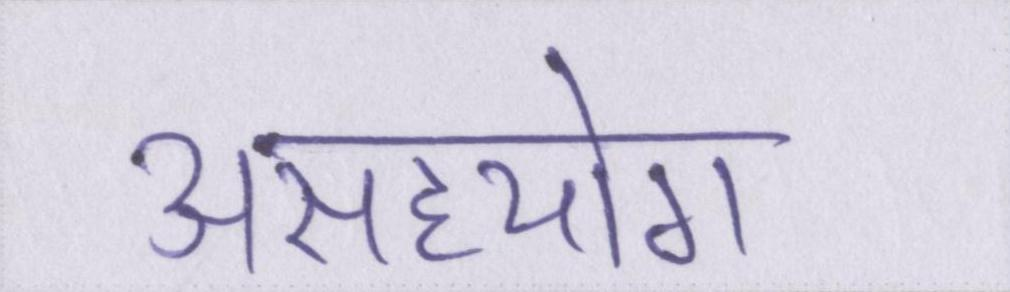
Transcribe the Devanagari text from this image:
असहयोग